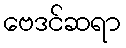
ဗေဒင်ဆရာ